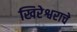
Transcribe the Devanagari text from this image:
खिरेश्वराचे